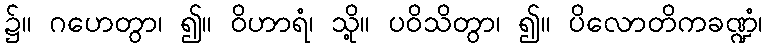
၌။ ဂဟေတွာ၊ ၍။ ဝိဟာရံ၊ သို့။ ပဝိသိတွာ၊ ၍။ ပိလောတိကခဏ္ဍံ၊